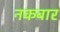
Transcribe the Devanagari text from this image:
नकबार